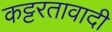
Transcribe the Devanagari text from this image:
कट्टरतावादी